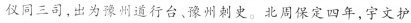
仪同三司，出为豫州道行台、豫州刺史。北周保定四年，宇文护